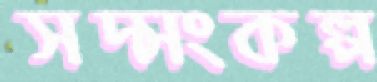
সদ্সংকল্প